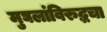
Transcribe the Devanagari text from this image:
मुघलांविरुद्धचा